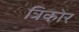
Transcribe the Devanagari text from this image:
त्रिकोर